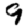
Digit: 9